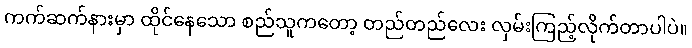
ကက်ဆက်နားမှာ ထိုင်နေသော စည်သူကတော့ တည်တည်လေး လှမ်းကြည့်လိုက်တာပါပဲ။